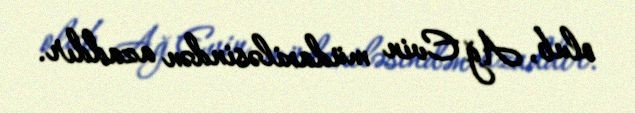
olub, Ağ Evin müdaxiləsindən azaddır.